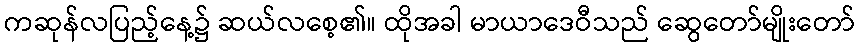
ကဆုန်လပြည့်နေ့၌ ဆယ်လစေ့၏။ ထိုအခါ မာယာဒေဝီသည် ဆွေတော်မျိုးတော်